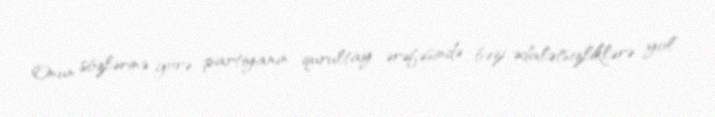
Onun sözlərinə görə, partiyanın qurultay ərəfəsində bəzi ədalətsizliklərə yol